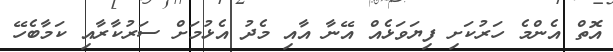
އޮތް އެންމެ ހަރުކަށި ފިޔަވަޅެއް އޭނާ އާއި މެދު އެޅުމަށް ސަރުކާރާއި ކަމާބެހޭ